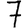
Digit: 7